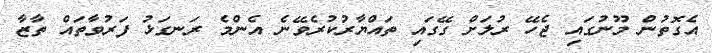
އެގޮތުން މޫނުގައި ޖެހޭ ރުލަށް ގޭގައި ތައްޔާރުކުރެވޭނެ އެންމެ ރަނގަޅު ފަރުވާތައް ތާޒާ